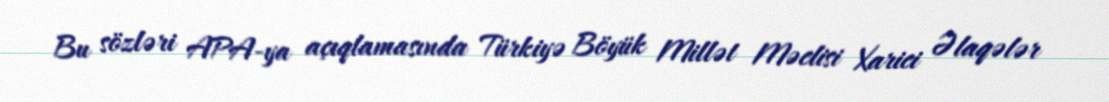
Bu sözləri APA-ya açıqlamasında Türkiyə Böyük Millət Məclisi Xarici Əlaqələr